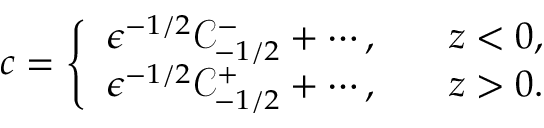
c = \left\{ \begin{array} { l l } { \epsilon ^ { - 1 / 2 } \mathcal { C } _ { - 1 / 2 } ^ { - } + \cdots , } & { \quad z < 0 , } \\ { \epsilon ^ { - 1 / 2 } \mathcal { C } _ { - 1 / 2 } ^ { + } + \cdots , } & { \quad z > 0 . } \end{array} \right.